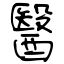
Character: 醫